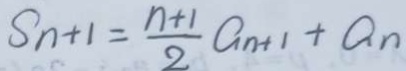
S _ { n + 1 } = \frac { n + 1 } { 2 } a _ { n + 1 } + a _ { n }